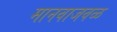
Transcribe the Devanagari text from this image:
मानवाजवळ